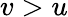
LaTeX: v>u